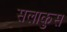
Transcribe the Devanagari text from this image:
सलाकुस